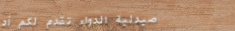
صيدلية الدواء تقدم لكم أد